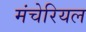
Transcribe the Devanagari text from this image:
मंचेरियल